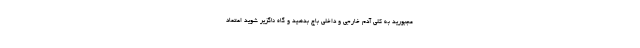
مجبورید به کلی آدم خارجی و داخلی باج بدهید و گاه ناگزیر شوید اعتماد